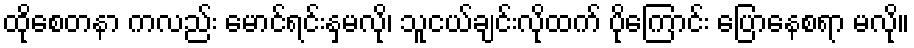
ထိုစေတနာ ကလည်း မောင်ရင်းနှမလို၊ သူငယ်ချင်းလိုထက် ပိုကြောင်း ပြောနေစရာ မလို။